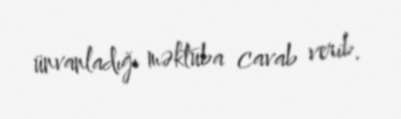
ünvanladığı məktuba cavab verib.